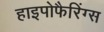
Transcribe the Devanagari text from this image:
हाइपोफैरिंग्स